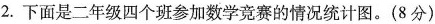
2.下面是二年级四个班参加数学竞赛的情况统计图。(8分)